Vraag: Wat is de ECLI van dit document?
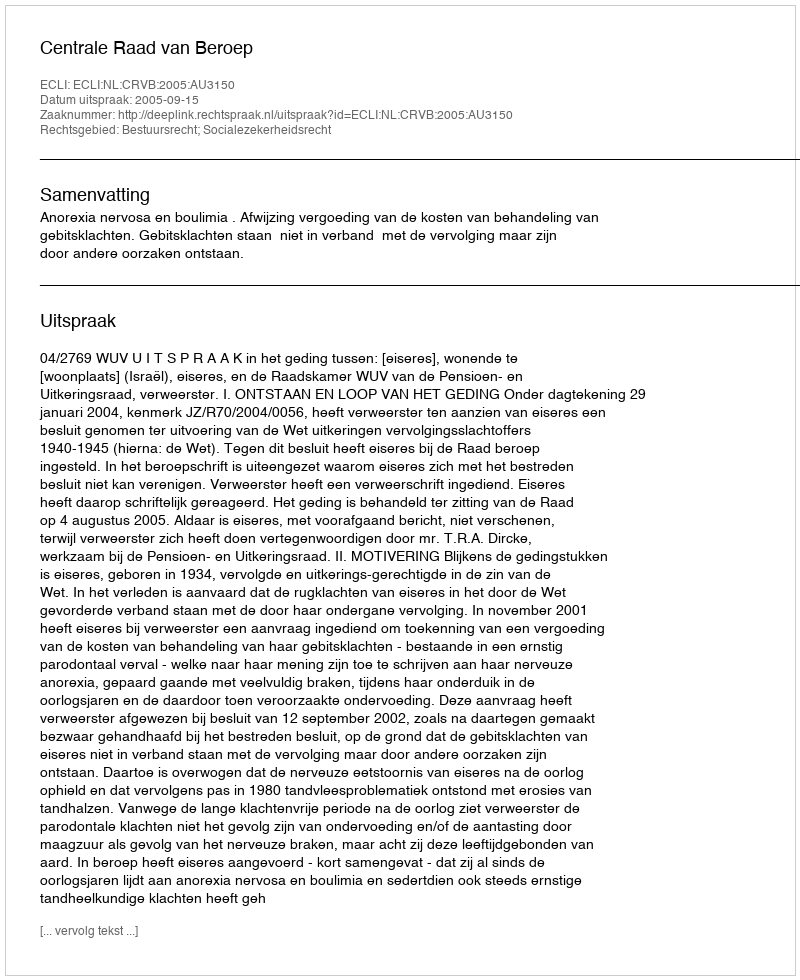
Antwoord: ECLI:NL:CRVB:2005:AU3150